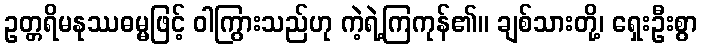
ဥတ္တရိမနုဿဓမ္မဖြင့် ဝါကြွားသည်ဟု ကဲ့ရဲ့ကြကုန်၏။ ချစ်သားတို့၊ ရှေးဦးစွာ